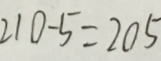
2 1 0 - 5 = 2 0 5